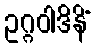
ဥဂ္ဂဝါဒိနိံ